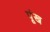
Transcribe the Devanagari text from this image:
पूंख